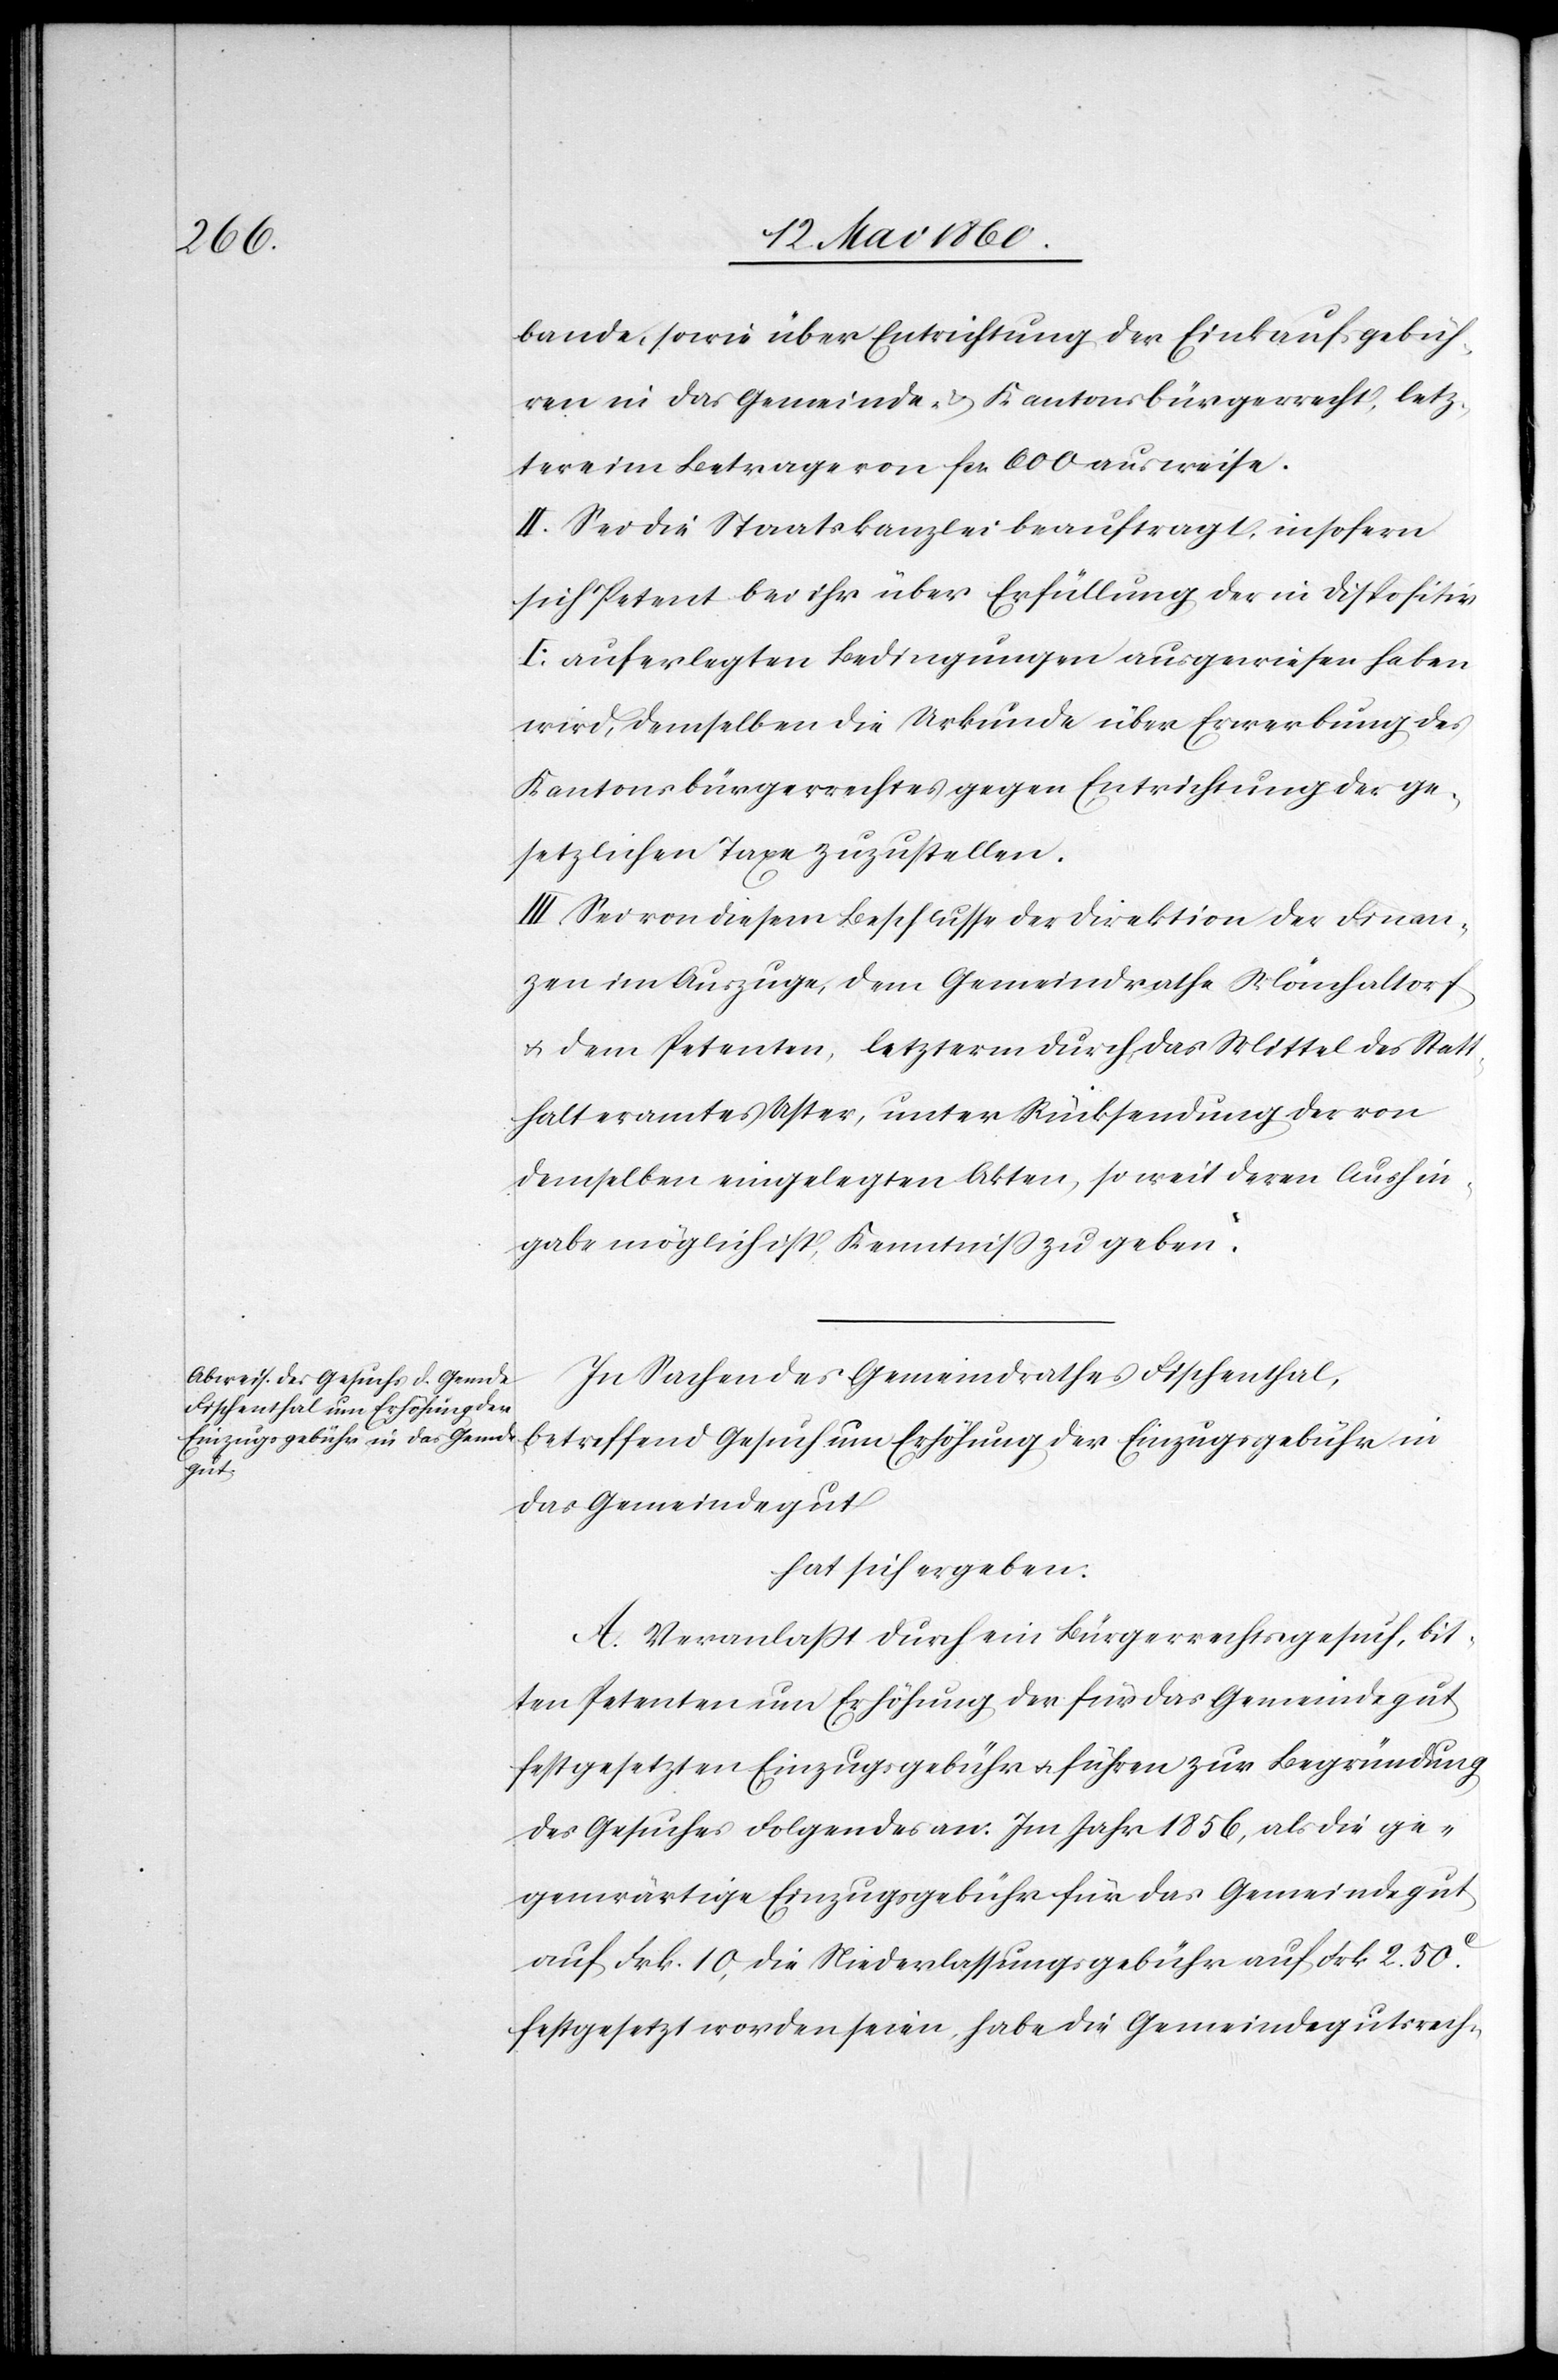
bande, sowie über Entrichtung der Einkaufsgebüh¬
ren in das Gemeinde- u. Kantonsbürgerrecht, letz¬
tere im Betrage von fcr. 600 ausweise.
II. Sei die Staatskanzlei beauftragt, insofern
sich Petent bei ihr über Erfüllung der in Dispositiv
I. auferlegten Bedingungen ausgewiesen haben
wird, demselben die Urkunde über Erwerbung des
Kantonsbürgerrechtes gegen Entrichtung der ge¬
setzlichen Taxe zuzustellen.
III. Sei von diesem Beschlusse der Direktion der Finan¬
zen im Auszuge, dem Gemeindrathe Mönchaltorf
u. dem Petenten, letzterm durch das Mittel des Statt¬
halteramtes Uster, unter Rücksendung der von
demselben eingelegten Akten, so weit deren Aushin¬
gabe möglich ist Kenntniss zu geben.
In Sachen des Gemeindrathes Fischenthal,
betreffend Gesuch um Erhöhung der Einzugsgebühr in
das Gemeindegut
hat sich ergeben:
A. Veranlasst durch ein Bürgerrechtsgesuch, bit¬
ten Petenten um Erhöhung der für das Gemeindegut
festgesetzten Einzugsgebühr u. führen zur Begründung
des Gesuches Folgendes an: Im Jahr 1856, als die ge¬
genwärtige Einzugsgebühr für das Gemeindegut
auf Frk. 10, die Niederlassungsgebühr auf Frk. 2. 50C
festgesetzt worden seien, habe die Gemeindegutrech-